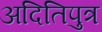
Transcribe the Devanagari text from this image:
अदितिपुत्र